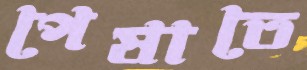
পেষাতে